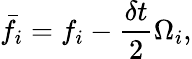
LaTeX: \bar{f}_{i}=f_{i}-\frac{\delta t}{2}\Omega_{i},